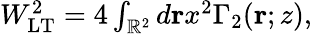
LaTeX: \begin{array}{r}{W_{\mathrm{LT}}^{2}=4\int_{\mathbb{R}^{2}}d\mathbf{r}x^{2}\Gamma_{2}(\mathbf{r};z),}\end{array}